Report on vaccination in Madras 1904-1921 - 1904-1921
Year: 1904
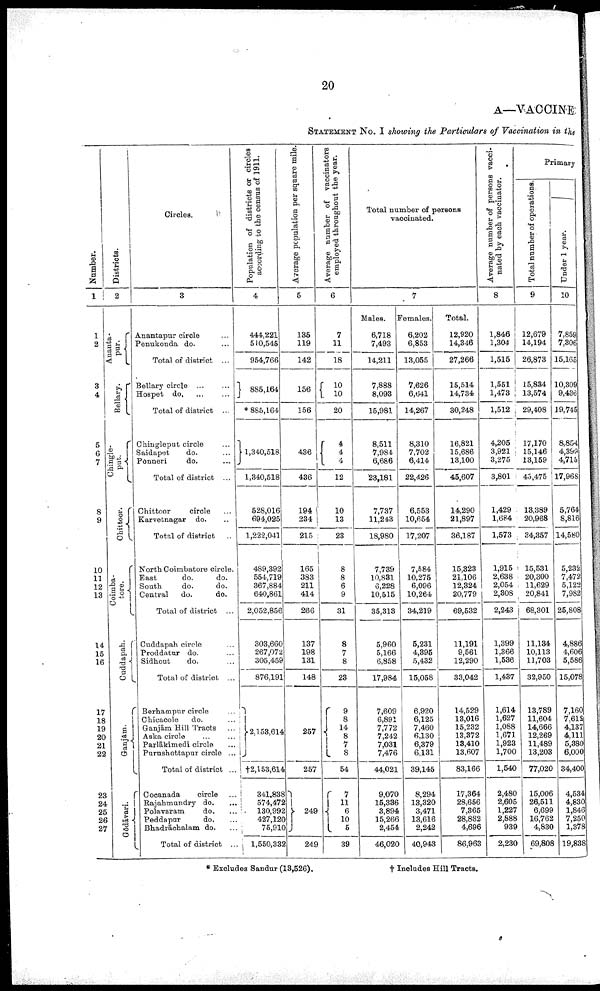
20
A—VACCINE
STATEMENT No. I showing the Particulars of Vaccination in the
Numbe r
.
1
1
2
3
4
5
6
7
8
9
10
11
12
13
14
15
16
17
18
19
20
21
22
23
24
25
26
27
Di st r i ct s.
2
Ananta¬
pur.
Bellary.
Chingle¬
put.
Chittoor.
Coimba¬
tore.
Cuddapah.
Ganjām.
Gōdāvari.
Circles.
3
Anantapur circle ...
Penukonda do. ...
Total of district ...
Bellary circle ... ...
Hospet do. ... ...
Total of district ...
Chingleput circle ...
Saidapet
do. ...
Ponneri
do. ...
Total of district ...
Chittoor
circle ...
Karvetnagar do. ...
Total of district ..
North Coimbatore circle.
East
do.
do.
South
do.
do.
Central
do.
do.
Total of district ...
Cuddapah circle ...
Proddatur do. ...
Sidhout
do. ...
Total of district ...
Berhampur circle ...
Chicacole
do. ...
Ganjām Hill Tracts ...
Aska circle
...
...
Parlākimedi circle ...
Purushottapur circle ...
Total of district ...
Cocanada
circle ...
Rajahmundry do. ...
Polavaram
do. ...
Peddapur
do. ...
Bhadrāchalam do. ...
Total of district ...
Popul at i
on of districts or circles
according to the census of 1911.
4
444,221
510,545
954,766
885,164
* 885,164
1,340,518
1,340,518
528,016
694,025
1,222,041
489,392
554,719
367,884
640,861
2,052,856
303,660
267,072
305,459
876,191
2,153,614
†2,153,614
341,838
574,472
130,992
427,120
75,910
1,550,332
Aver age p o p u l a t i o n per square mile
5
135
119
142
156
156
436
436
194
234
215
165
383
211
414
266
137
198
131
148
257
257
249
249
Aver age number of vaccinators
employed throughout the year.
6
7
11
18
10
10
20
4
4
4
12
10
13
23
8
8
6
9
31
8
7
8
23
9
8
14
8
7 8
54
7
11
6
10
5
39
Total number of persons
vaccinated.
7
Males.
6,718
7,493
14,211
7,888
8,093
15,981
8,511
7,984
6,686
23,181
7,737
11,243
18,980
7,739
10,881
6,228
10,515
35,313
5,960
5,166
6,858
17,984
7,609
6,891
7,772
7,242
7,031
7,476
44,021
9,070
15,336
3,894
15,266
2,454
46,020
Females.
6,202
6,853
13,055
7,626
6,641
14,267
8,310
7,702
6,414
22,426
6,553
10,654
17,207
7,584
10,275
6,096
10,264
34,219
5,231
4,395
5,432
15,058
6,920
6,125
7,460
6,130
6,379
6,131
39,145
8,294
13,320
3,471
13,616
2,242
40,943
Total.
12,920
14,346
27,266
15,514
14,734
30,248
16,821
15,686
13,100
45,607
14,290
21,897
36,187
15,323
21,106
12,324
20,779
69,532
11,191
9,561
12,290
33,042
14,529
13,016
15,232
13,372
13,410
13,607
83,166
17,364
28,656
7,365
28,882
4,696
86,963
Aver age n u m b e r of per s ons vacci
nated by each vaccinator.
8
1,846
1,304
1,515
1,551
1,473
1,512
4,205
3,921
3,275
3,801
1,429
1,684
1,573
1,915
2,638
2,054
2,308
2,243
1,399
1,366
1,536
1,437
1,614
1,627
1,088
1,671
1,923
1,700
1,540
2,480
2,605
1,227
2,888
939
2,230
Primary
Tot al number of operations
9
12,679
14,194
26,873
15,834
13,574
29,408
17,170
15,146
13,159
45,475
13,389
20,968
34,357
15,531
20,300
11,629
20,841
68,301
11,134
10,113
11,703
32,950
13,789
11,604
14,666
12,269
11,489
13,203
77,020
15,006
26,511
6,699
16,762
4,830
69,808
Under 1 year.
10
7,859
7,306
15,165
10,309
9,436
19,745
8,854
4,399
4,715
17,968
5,764
8,816
14,580
5,232
7,472
5,122
7,982
25,808
4,886
4,606
5,586
15,078
7,160
7,612
4,137
4,111
5,380
6,000
34,400
4,584
4,830
1,846
7,250
1,378
19,838
* Excludes Sandur (13,526).
† Includes Hill Tracts.